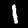
Digit: 1